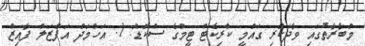
މުބާރާތުގައި ވާދަކުރި ގައުމީ ކްރިކެޓް ޓީމްގެ ސްކޮޑް: 1. އަހްމަދު އަފްޒަލް ފާއިޒް